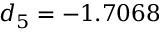
d _ { 5 } = - 1 . 7 0 6 8